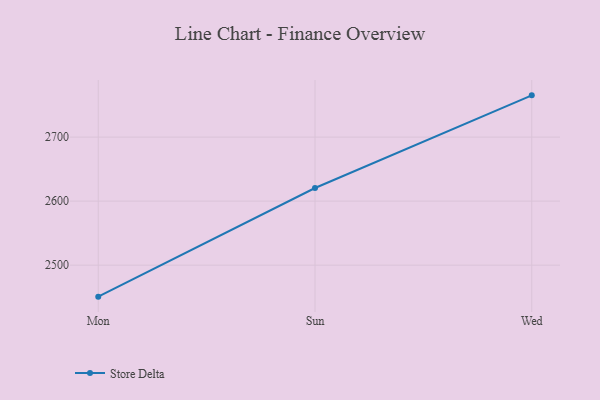
{"axis": {"x": "Day", "y": "Conversion Rate (%)"}, "legend": ["Store Delta"], "data": [{"x": "Mon", "y": 2450.8, "type": "Store Delta"}, {"x": "Sun", "y": 2620.5, "type": "Store Delta"}, {"x": "Wed", "y": 2765.2, "type": "Store Delta"}]}